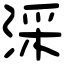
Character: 𣶶